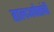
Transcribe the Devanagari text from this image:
हालअपेष्टांची